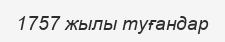
1757 жылы туғандар